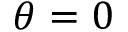
\theta = 0